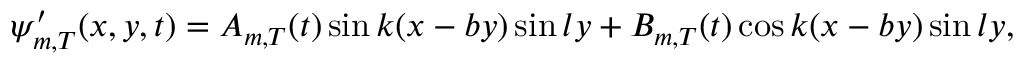
\psi _ { m , T } ^ { \prime } ( x , y , t ) = { A _ { m , T } } ( t ) \sin k ( x - b y ) \sin l y + { B _ { m , T } } ( t ) \cos k ( x - b y ) \sin l y ,